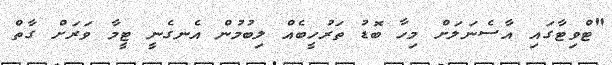
"ޓްވިޓާގައި އާސެނަލަށް މިހާ ބޮޑު ތަރުހީބެއް ލިބުމުން އެނގެނީ ޓީމާ ވަރަށް ގާތް